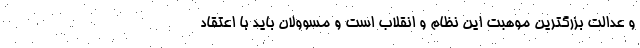
و عدالت بزرگترین موهبت این نظام و انقلاب است و مسوولان باید با اعتقاد